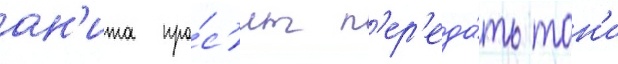
ан'ита про́с'ит п'ер'еда́ть тон'и